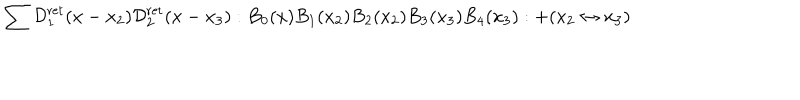
LaTeX: \sum \mathcal { D } _ { 1 } ^ { \mathrm { r e t } } ( x - x _ { 2 } ) \mathcal { D } _ { 2 } ^ { \mathrm { r e t } } ( x - x _ { 3 } ) : B _ { 0 } ( x ) B _ { 1 } ( x _ { 2 } ) B _ { 2 } ( x _ { 2 } ) B _ { 3 } ( x _ { 3 } ) B _ { 4 } ( x _ { 3 } ) : + ( x _ { 2 } \leftrightarrow x _ { 3 } )